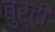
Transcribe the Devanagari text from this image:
बुर्टी